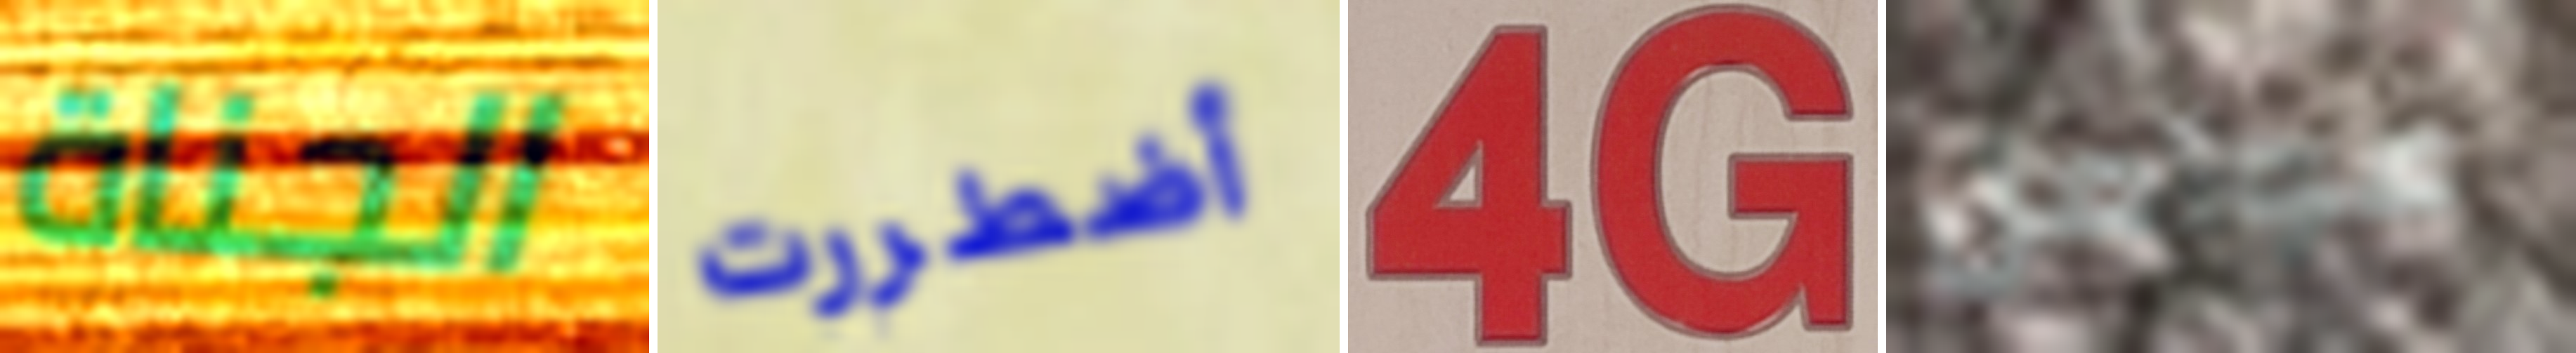
الجناة أضطررت 4G عوامل